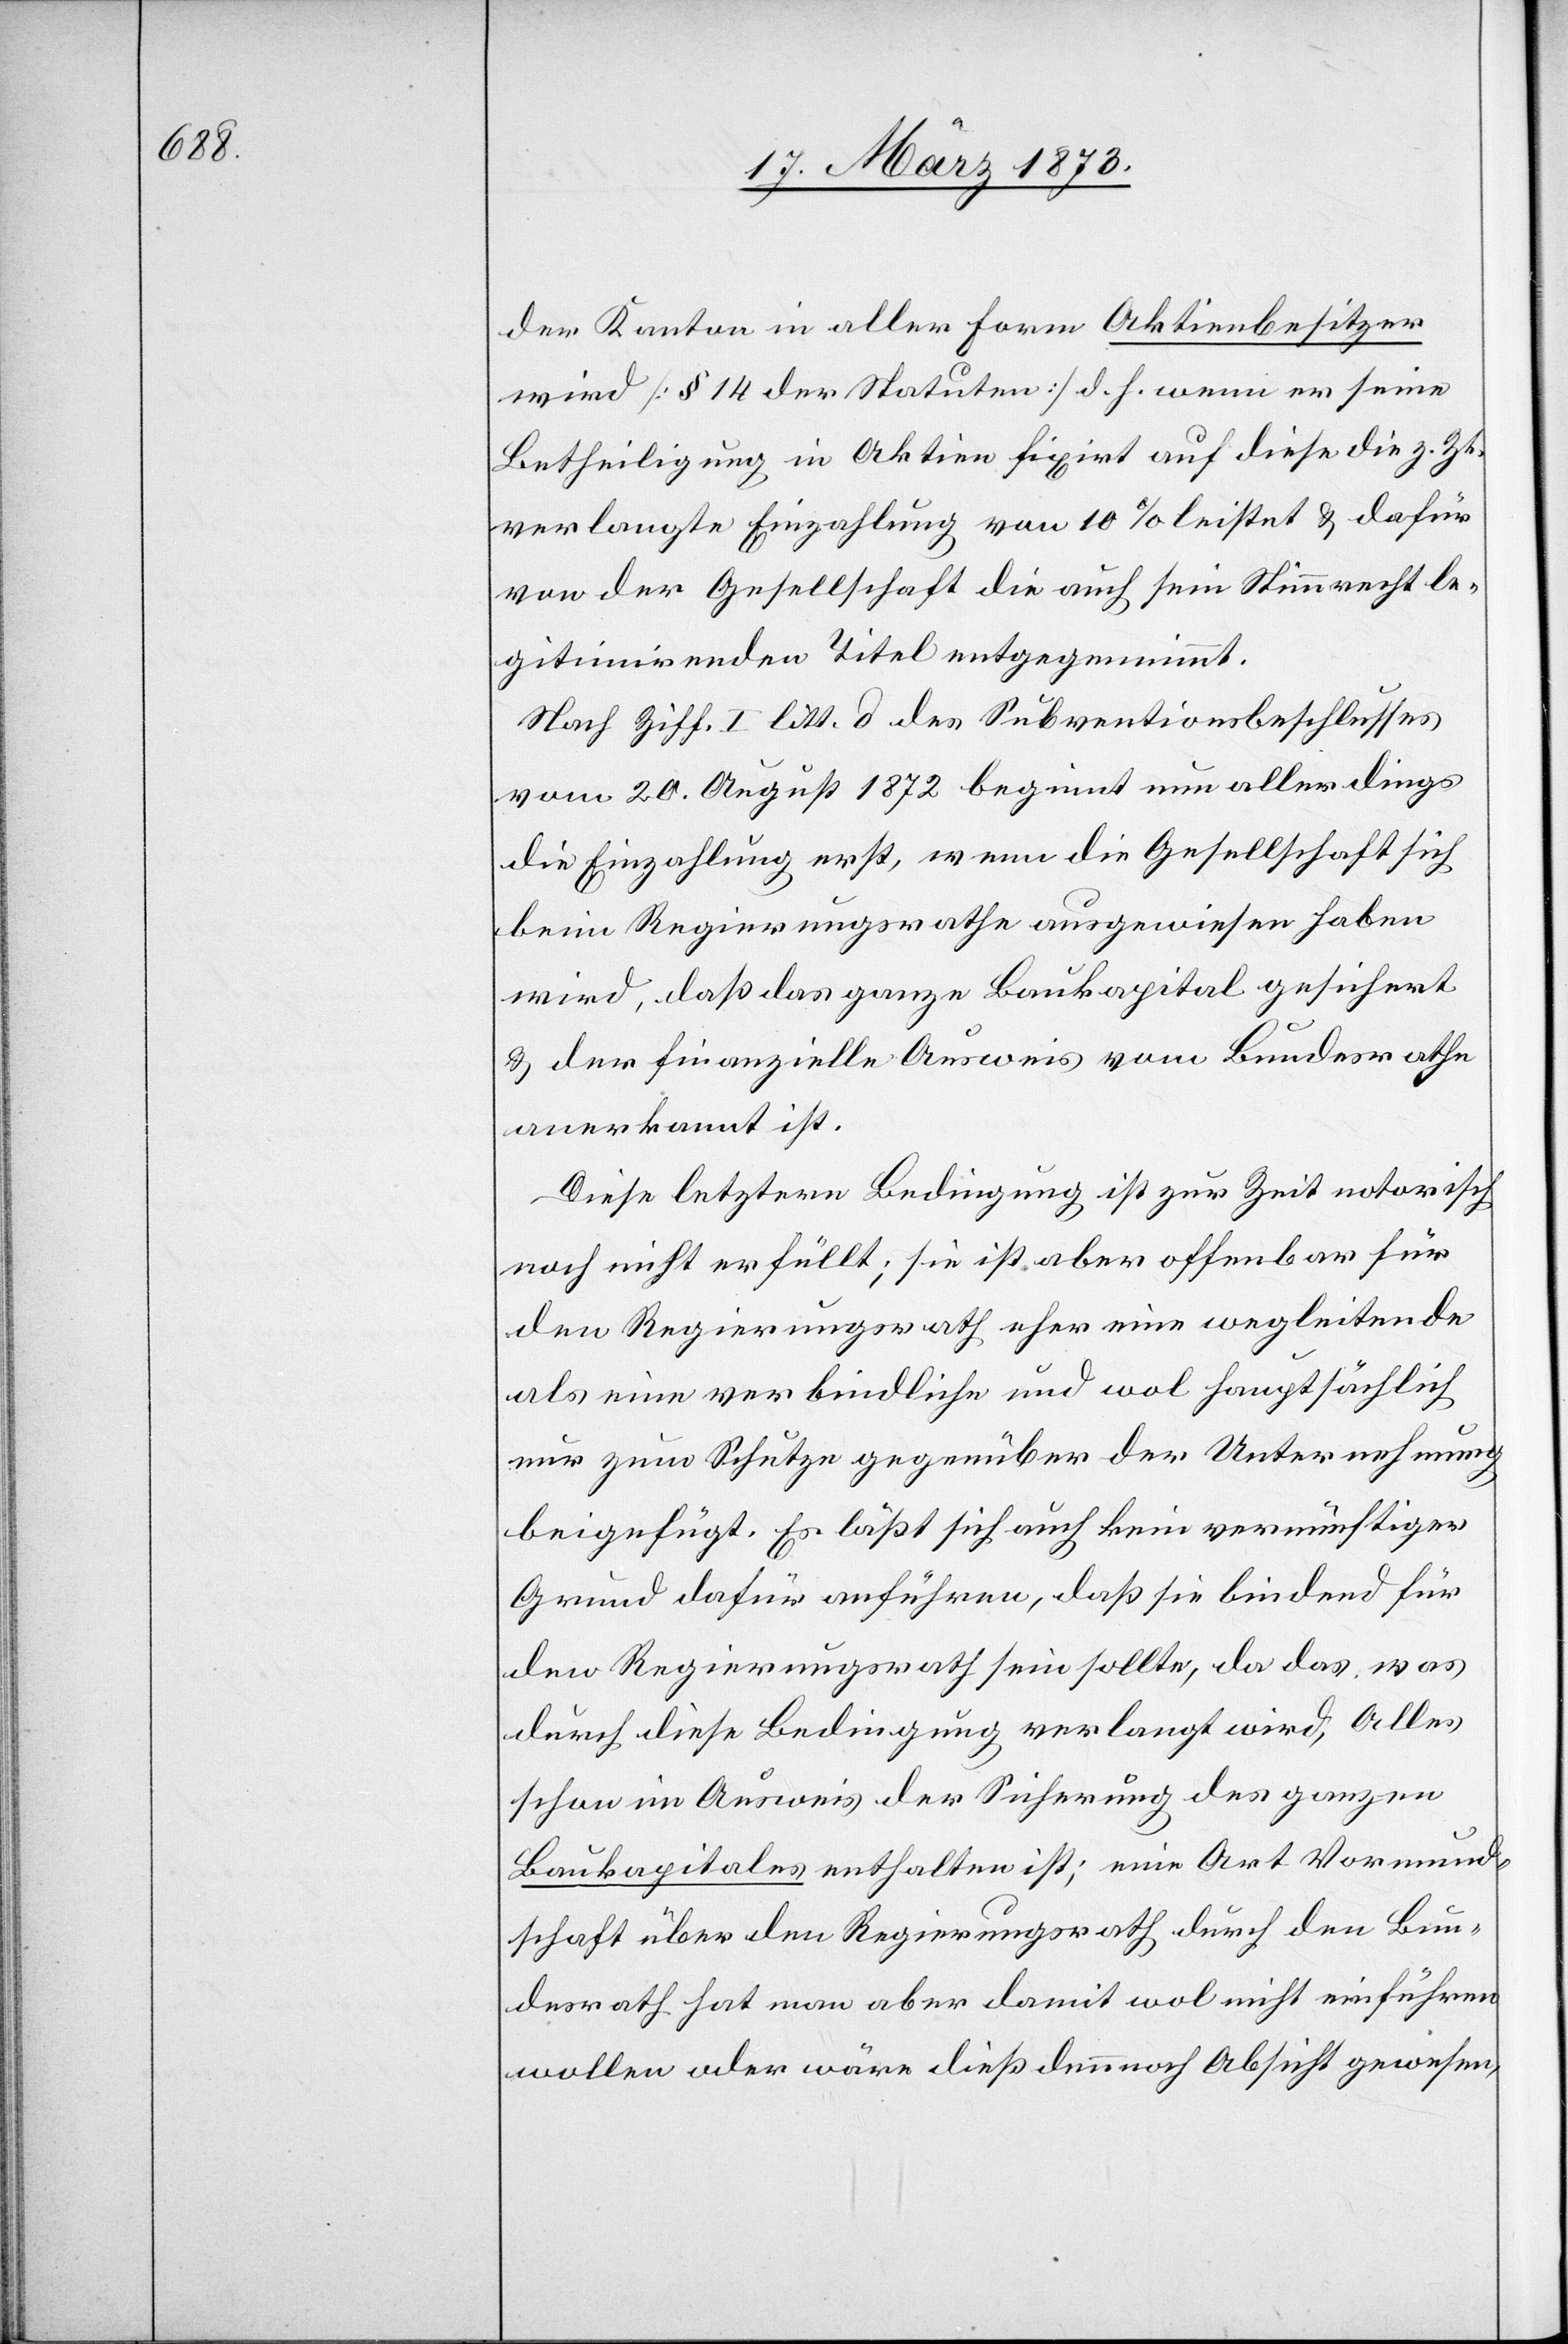
der Kanton in aller Form Aktienbesitzer
wird [§ 14 der Statuten] d. h. wenn er seine
Betheiligung in Aktien fixirt auf diese[,] die z. Zt.
verlangte Einzahlung von 10% leistet u. dafür
von der Gesellschaft die auch sein Stimmrecht le¬
gitimirenden Titel entgegennimmt.
Nach Ziff. I litt. d. des Subventionsbeschlusses
vom 20. August 1872 beginnt nun allerdings
die Einzahlung erst, wenn die Gesellschaft sich
beim Regierungsrathe ausgewiesen haben
wird, daß das ganze Baukapital gesichert
u. der finanzielle Ausweis vom Bundesrathe
anerkannt ist.
Diese letztere Bedingung ist zur Zeit notorisch
noch nicht erfüllt; sie ist aber offenbar für
den Regierungsrath eher eine wegleitende
als eine verbindliche und wol hauptsächlich
nur zum Schutze gegenüber der Unternehmung
beigefügt. Es läßt sich auch kein vernünftiger
Grund dafür anführen, daß sie bindend für
den Regierungsrath sein sollte, da das, was
durch diese Bedingung verlangt wird, Alles
schon im Ausweis der Sicherung des ganzen
Baukapitales enthalten ist; eine Art Vormund¬
schaft über den Regierungsrath durch den Bun¬
desrath hat man aber damit wol nicht einführen
wollen oder wäre dieß demnach Absicht gewesen,